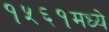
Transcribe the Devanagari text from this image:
१५६१मध्ये